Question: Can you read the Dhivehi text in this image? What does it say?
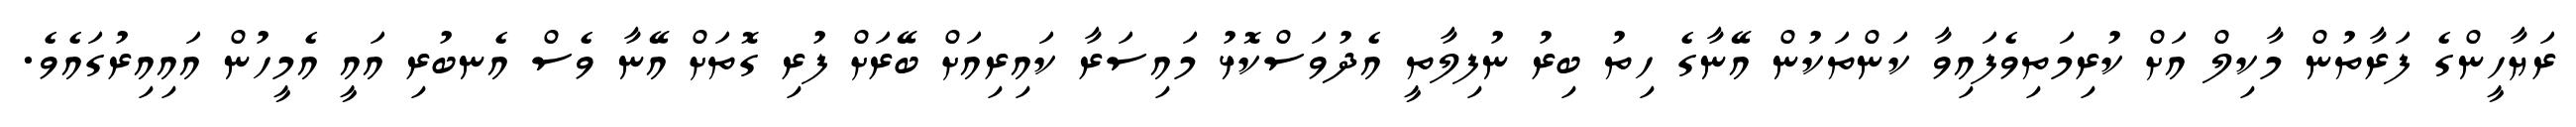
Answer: ރަޔާހީންގެ ފަރާތުން މާކިލް އަށް ކުރިމަތިވެފައިވާ ކަންތަކުން އޭނާގެ ހިތު ބިރު ނުފިލާތީ އެދުވަސްކޮޅު މައިސަރާ ކައިރިއަށް ބޭރަށް ފުރި ގޮތަށް އޭނާ ވެސް އެނބުރި އައީ އެމީހުން އައިއިރުގައެވެ.